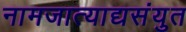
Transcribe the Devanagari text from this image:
नामजात्याद्यसंयुत